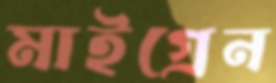
মাইগ্রেন